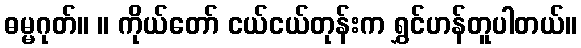
ဓမ္မဂုတ်။ ။ ကိုယ်တော် ငယ်ငယ်တုန်းက ရွှင်ဟန်တူပါတယ်။